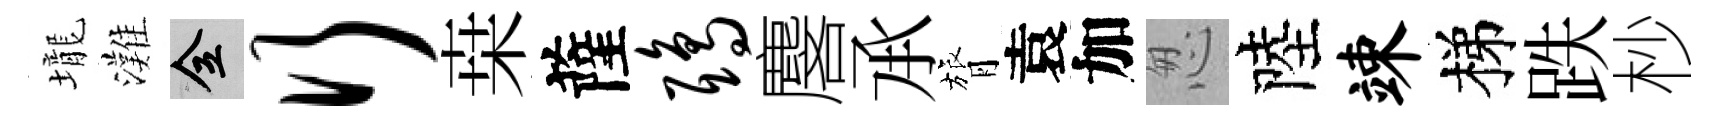
壠灘全行桒薩鸱麐𠄘膂袁加怱陸竦梯跌杪